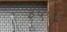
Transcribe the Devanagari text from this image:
३५५६